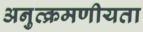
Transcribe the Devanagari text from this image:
अनुत्क्रमणीयता